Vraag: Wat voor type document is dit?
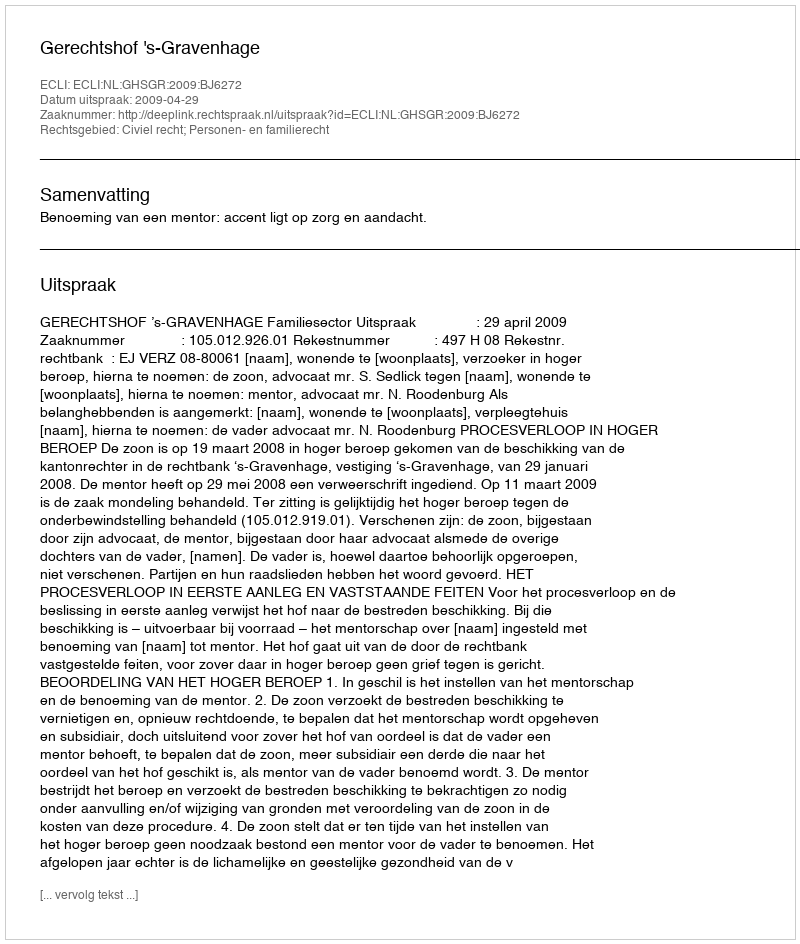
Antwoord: Uitspraak